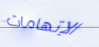
الإتهامات